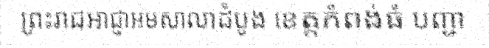
ព្រះរាជអាជ្ញាអមសាលាដំបូង ខេត្តកំពង់ធំ បញ្ជា